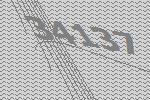
34137